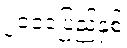
၂၀၁၀ပြည့်နှစ်